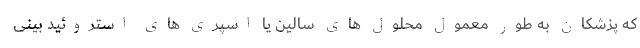
که پزشکان به طور معمول محلول های سالین یا اسپری های استروئید بینی